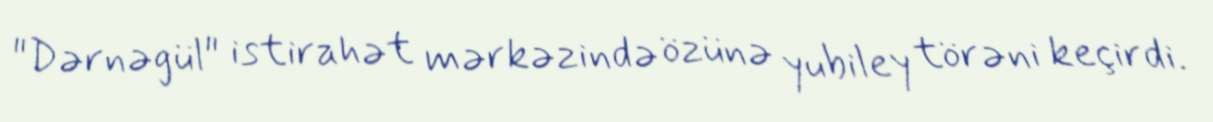
"Dərnəgül" istirahət mərkəzində özünə yubiley törəni keçirdi.